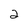
Character: 2